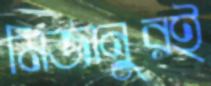
মিজানুরই